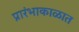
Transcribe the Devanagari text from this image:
प्रारंभाकाळात